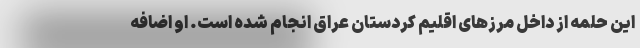
این حلمه از داخل مرزهای اقلیم کردستان عراق انجام شده است. او اضافه